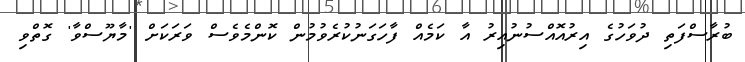
ބުރާސްފަތި ދުވަހުގެ އިރުއޮއްސުނުއިރު އާ ކަމެއް ފާހަގަނުކުރެވުމުން ކޮންމެވެސް ވަރަކަށް 'މާޔޫސްވާ' ގޮތްވި